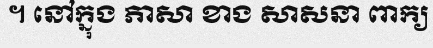
។ នៅក្នុង ភាសា ខាង សាសនា ពាក្យ